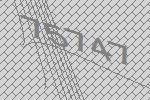
75747